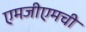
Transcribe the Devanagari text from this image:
एमजीएमची